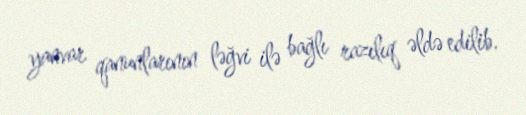
yanvar qanunlarının ləğvi ilə bağlı razılıq əldə edilib.